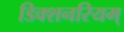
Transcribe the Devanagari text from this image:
डिक्शनरियम्